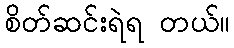
စိတ်ဆင်းရဲရ တယ်။